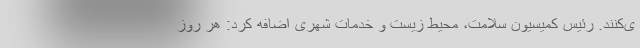
ی‌کنند. رئیس کمیسیون سلامت، محیط زیست و خدمات شهری اضافه کرد: هر روز